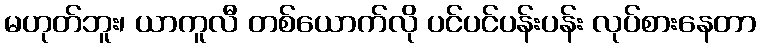
မဟုတ်ဘူး၊ ယာကူလီ တစ်ယောက်လို ပင်ပင်ပန်းပန်း လုပ်စားနေတာ